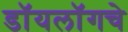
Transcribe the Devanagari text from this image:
डॉयलॉगचे